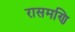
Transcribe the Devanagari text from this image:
रासमणि